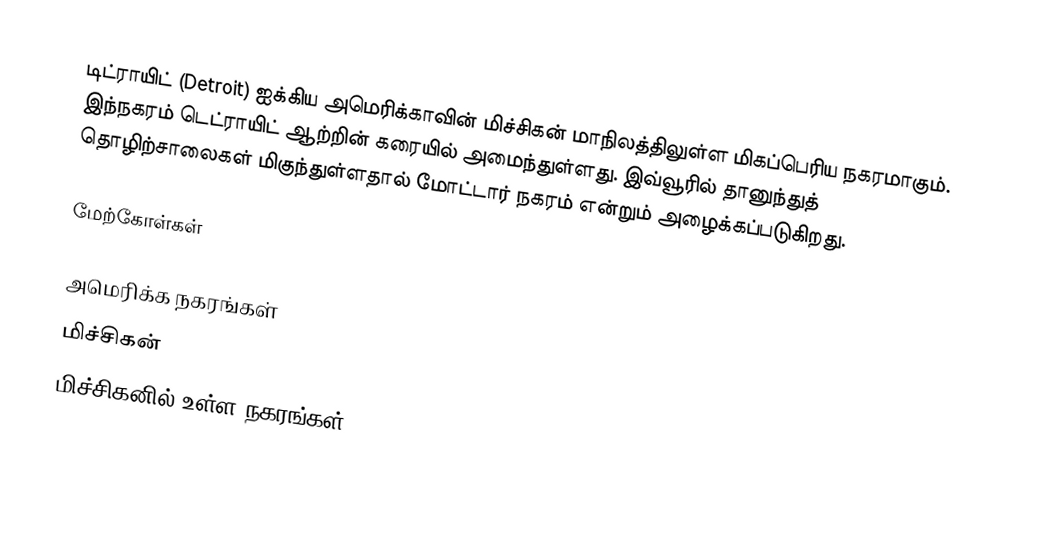
டிட்ராயிட் (Detroit) ஐக்கிய அமெரிக்காவின் மிச்சிகன் மாநிலத்திலுள்ள மிகப்பெரிய நகரமாகும். இந்நகரம் டெட்ராயிட் ஆற்றின் கரையில் அமைந்துள்ளது. இவ்வூரில் தானுந்துத் தொழிற்சாலைகள் மிகுந்துள்ளதால் மோட்டார் நகரம் என்றும் அழைக்கப்படுகிறது.

மேற்கோள்கள்

அமெரிக்க நகரங்கள்
மிச்சிகன்
மிச்சிகனில் உள்ள நகரங்கள்